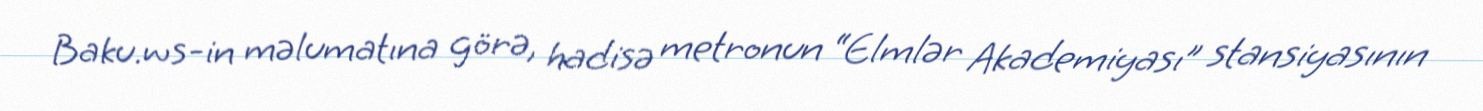
Baku.ws-in məlumatına görə, hadisə metronun “Elmlər Akademiyası” stansiyasının